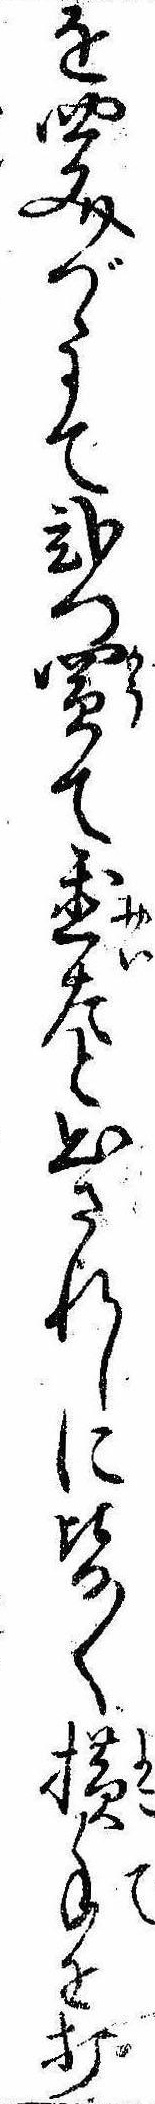
を四文づゝにて弐つ買て置たと出されしに皆〱横手を打